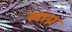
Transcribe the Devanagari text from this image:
लाग्न